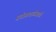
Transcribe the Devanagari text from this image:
प्रयोगशाळेसाठी